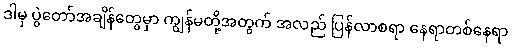
ဒါမှ ပွဲတော်အချိန်တွေမှာ ကျွန်မတို့အတွက် အလည် ပြန်လာစရာ နေရာတစ်နေရာ